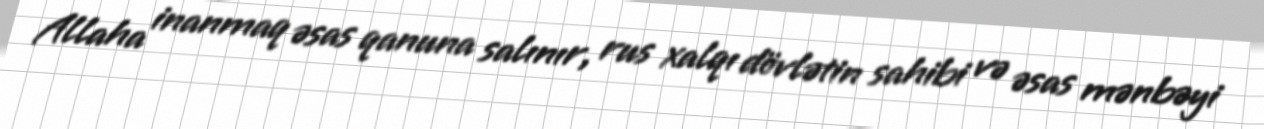
Allaha inanmaq əsas qanuna salınır, rus xalqı dövlətin sahibi və əsas mənbəyi